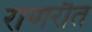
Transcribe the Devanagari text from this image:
राणरौत